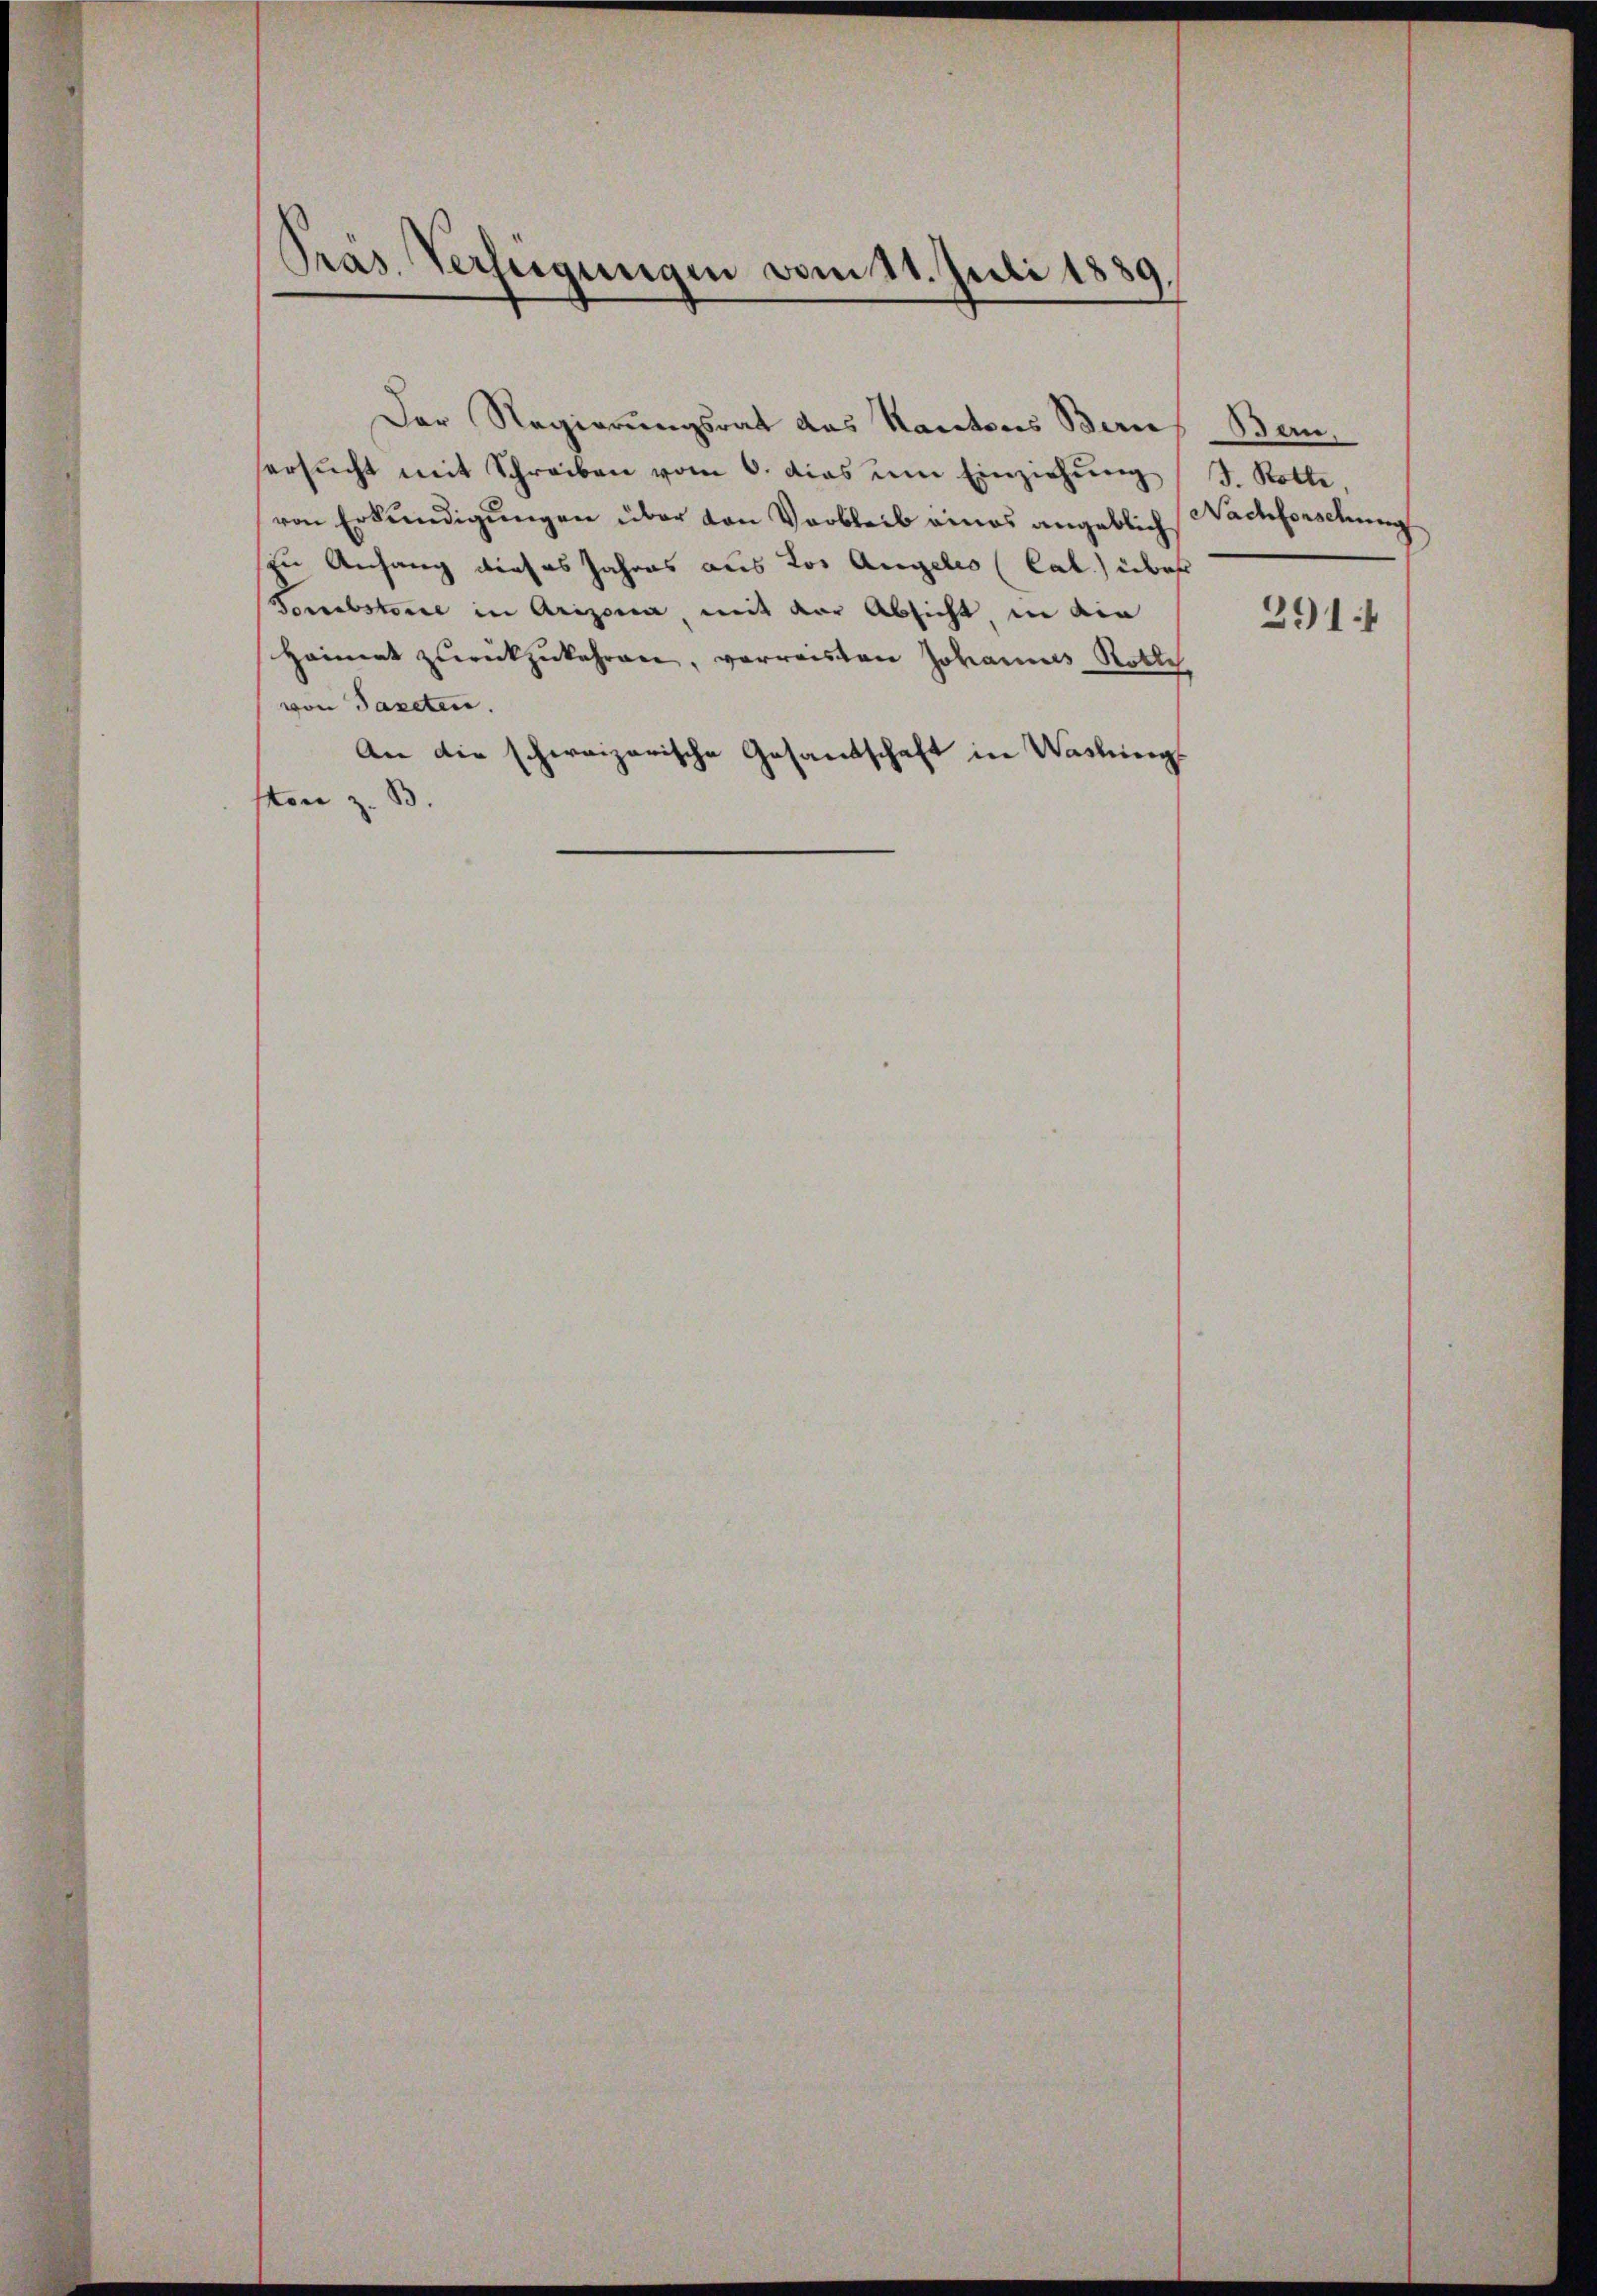
Präs. Verfügungen vom 11. Juli 1889.

ersŭcht mit Schreiben vom 6. dies um Einziehŭng
von Erkundigungen über von Varbleib eines angeblich
sin Anfang dieses Jahres aus Los Angelis (Cal) über
Ponsabstorie in Arizona mit der Absicht in ein
Heimat zŭrückzukehren, verreisten Johannes Rotlch
von Tapeten.
An die schweizerische Gesandschaft in Washing
Von z. B.

Der Regierungsrat das Kantons Bern

Ban,
J. Rotte
Nachforschung
2914